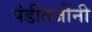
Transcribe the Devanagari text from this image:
पंडीतजींनी